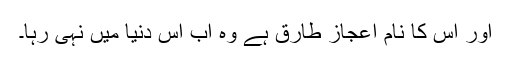
اور اس کا نام اعجاز طارق ہے وہ اب اس دنیا میں نہی رہا۔